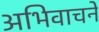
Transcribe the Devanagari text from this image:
अभिवाचने